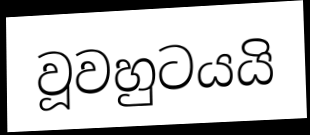
වූවහුටයයි